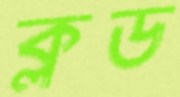
ক্লড